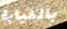
بالنيابة